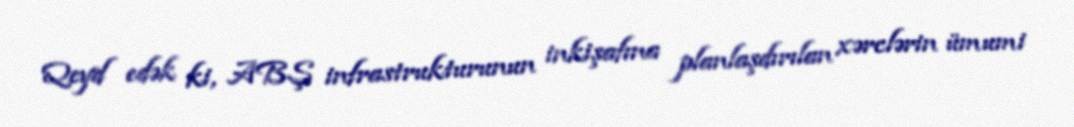
Qeyd edək ki, ABŞ infrastrukturunun inkişafına planlaşdırılan xərclərin ümumi